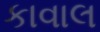
કાવાલ